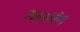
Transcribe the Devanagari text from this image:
लालधंग